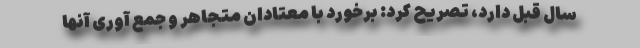
سال قبل دارد، تصریح کرد: برخورد با معتادان متجاهر و جمع آوری آنها